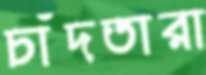
চাঁদতারা